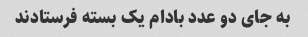
به جای دو عدد بادام یک بسته فرستادند